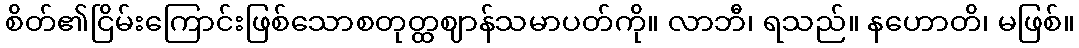
စိတ်၏ငြိမ်းကြောင်းဖြစ်သောစတုတ္ထဈာန်သမာပတ်ကို။ လာဘီ၊ ရသည်။ နဟောတိ၊ မဖြစ်။